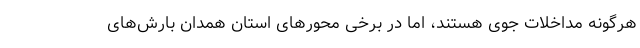
هرگونه مداخلات جوی هستند، اما در برخی محور‌های استان همدان بارش‌های